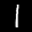
Label: 1